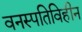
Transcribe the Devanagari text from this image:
वनस्पतिविहीन